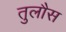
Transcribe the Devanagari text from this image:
तुलौस